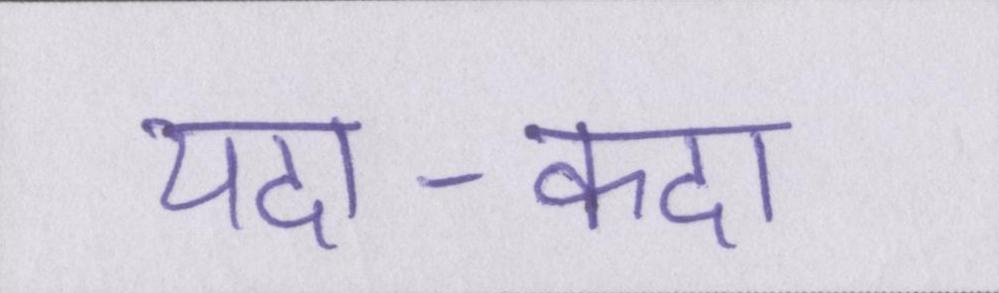
यदा-कदा